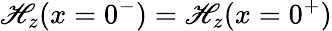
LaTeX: {\mathscr{H}_{z}(x=0^{-})=\mathscr{H}_{z}(x=0^{+})}